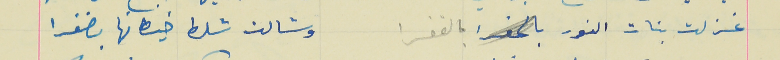
غزلت بنات النور بالقفرا                                 وشالت شلط خيطانها بضفرا